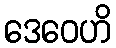
ဒေဝေဟိ